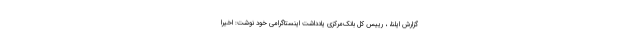
گزارش ایلنا، ، رییس کل بانک‌مرکزی یادداشت اینستاگرامی خود نوشت: اخیرا